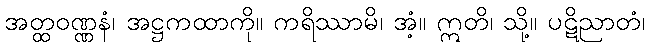
အတ္ထဝဏ္ဏနံ၊ အဋ္ဌကထာကို။ ကရိဿာမိ၊ အံ့။ ဣတိ၊ သို့။ ပဋိညာတံ၊